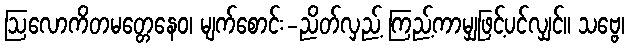
ဩလောကိတမတ္တေနေဝ၊ မျက်စောင်း-ညိတ်လှည့် ကြည့်ကာမျှဖြင့်ပင်လျှင်။ သဗ္ဗေ၊